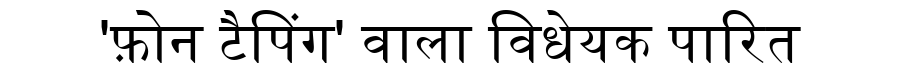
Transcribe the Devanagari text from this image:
'फ़ोन टैपिंग' वाला विधेयक पारित